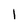
Character: 1